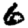
Digit: 6